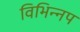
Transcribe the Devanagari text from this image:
विभिन्नप